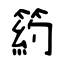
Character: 箹